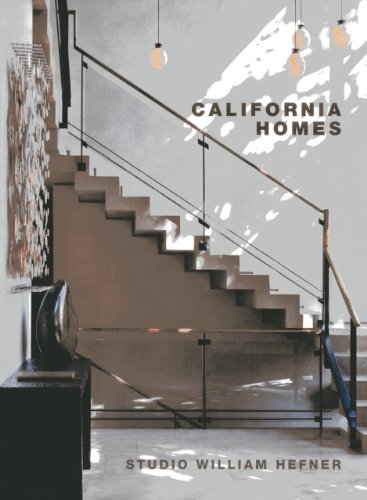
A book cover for California Homes: Studio William Hefner (Master Architects); William Hefner; Arts & Photography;